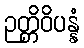
ဉတ္တိဝိပန္နံ